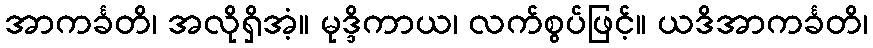
အာကင်္ခတိ၊ အလိုရှိအံ့။ မုဒ္ဒိကာယ၊ လက်စွပ်ဖြင့်။ ယဒိအာကင်္ခတိ၊